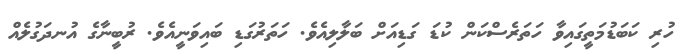
ހުރި ކަބަޑުމަތީގައިވާ ހަތަރެސްކަން ކުޑަ ގަޑިއަށް ބަލާލިއެވެ. ހަތަރުގަޑި ބައިވަނީއެވެ. ރުބީނާގެ އުނދަގުލެއް